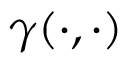
\gamma ( \cdot , \cdot )